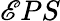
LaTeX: \mathscr{E}PS